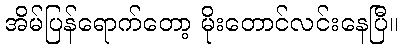
အိမ်ပြန်ရောက်တော့ မိုးတောင်လင်းနေပြီ။